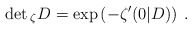
\begin{align*}\det{}_\zeta D=\exp\left(-\zeta'(0|D)\right)\:.\end{align*}